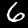
Label: 6